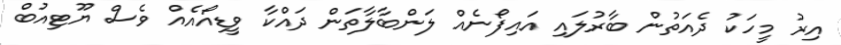
އިރު މީހަކު ދެއަތުން ބާރުލައި އައިފޯނެއް ލަންބާލާތަން ދައްކާ ވީޑިއޯއެއް ވެސް ޔޫޓިއުބް